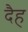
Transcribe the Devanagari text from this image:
दैह